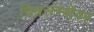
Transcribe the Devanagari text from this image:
चित्रसंस्थेवर